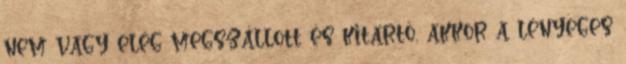
nem vagy elég megszállott és kitartó, akkor a lényeges